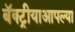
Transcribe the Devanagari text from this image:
बॅक्ट्रीयाआपल्या